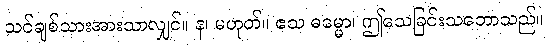
သင်ချစ်သားအားသာလျှင်။ န၊ မဟုတ်။ ဧသ ဓမ္မော၊ ဤသေခြင်းသဘောသည်။